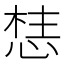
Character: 𭝦